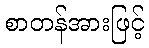
စာတန်အားဖြင့်